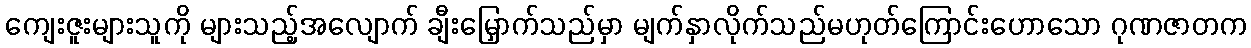
ကျေးဇူးများသူကို များသည့်အလျောက် ချီးမြှောက်သည်မှာ မျက်နှာလိုက်သည်မဟုတ်ကြောင်းဟောသော ဂုဏဇာတက